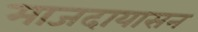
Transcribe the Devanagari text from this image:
माजदायासन